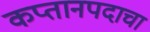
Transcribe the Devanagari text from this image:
कप्तानपदाचा